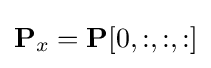
\mathbf {P} _{x}=\mathbf {P} [0,:,:,:]